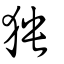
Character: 㹧